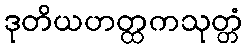
ဒုတိယဟတ္ထကသုတ္တံ